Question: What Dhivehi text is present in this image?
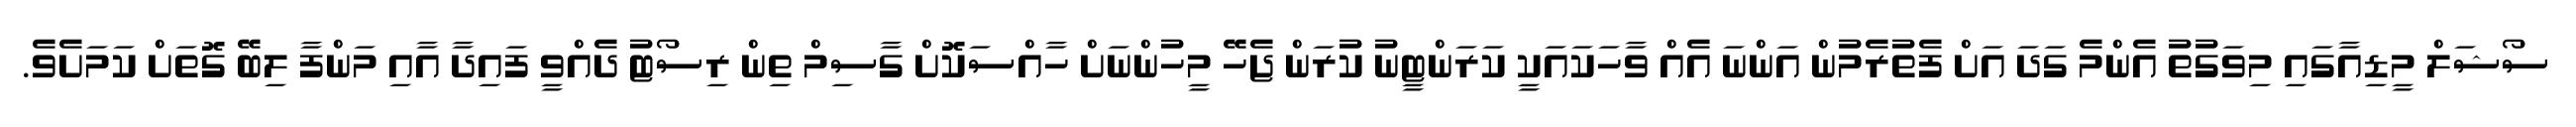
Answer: ސޯޝަލް މީޑިއާގައި މިވަގުތު އެންމެ ގަދަ އަށް ފެތުރެމުން އަންނަ އެއް ވާހަކައަކީ ކަރަންޓީނު ކުރަން ޖެހޭ މީހުންނަށް ހާއްސަކޮށް ގާސިމް ތިން ރިސޯޓު ދެއްވީ ފައިދާ އާއި މަންފާ ލިބޭ ގޮތަށް ކަމަށެވެ.